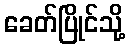
ခေတ်ပြိုင်သို့